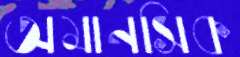
অমানসিক